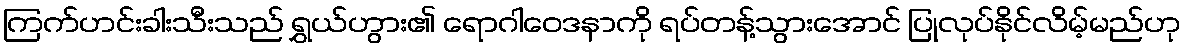
ကြက်ဟင်းခါးသီးသည် ရွှယ်ဟွား၏ ရောဂါဝေဒနာကို ရပ်တန့်သွားအောင် ပြုလုပ်နိုင်လိမ့်မည်ဟု